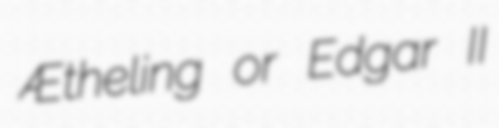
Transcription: Ætheling or Edgar II